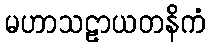
မဟာသဠာယတနိကံ